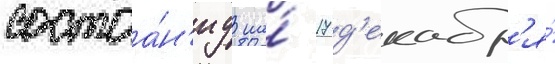
состоа́н'иу на́ 17 д'екабр'я́